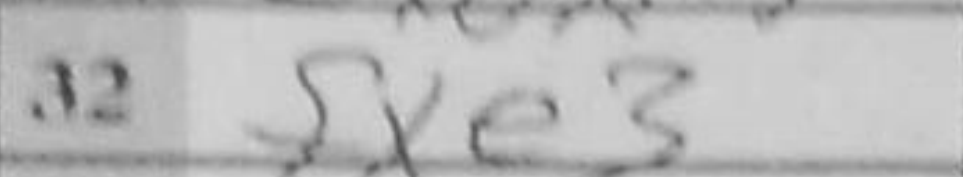
Transcription: fxe3